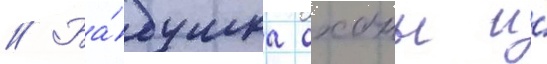
// Ба́бушка оханы и́